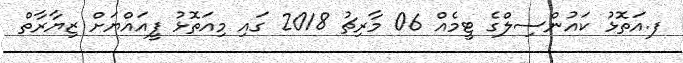
ފ.އަތޮޅު ކައުންސިލްގެ ޓީމެއް 06 މާރިޗު 2018 ގައި މިއަތޮޅު ފީއައްޔަށް ޒިޔާރާތް